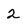
Character: 2